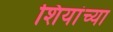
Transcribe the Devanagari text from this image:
शियांच्या